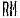
RM